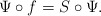
\begin{align*}\Psi\circ f = S \circ \Psi.\end{align*}